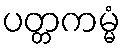
ပတ္တကမ္မံ